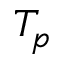
T _ { p }